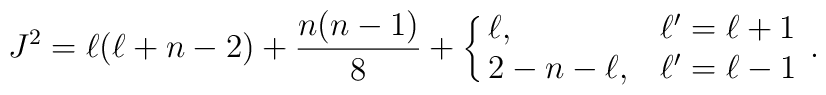
J^2=\ell(\ell+n-2)+\frac{n(n-1)}{8}+\cases{\ell, & $\ell^\prime=\ell+1$\cr2-n-\ell, & $\ell^\prime=\ell-1$}\, .